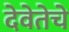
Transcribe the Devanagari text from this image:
देवेतेचे